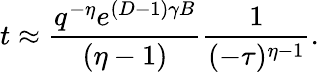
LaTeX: t\approx\frac{q^{-\eta}e^{(D-1)\gamma B}}{(\eta-1)}\frac{1}{(-\tau)^{\eta-1}}.